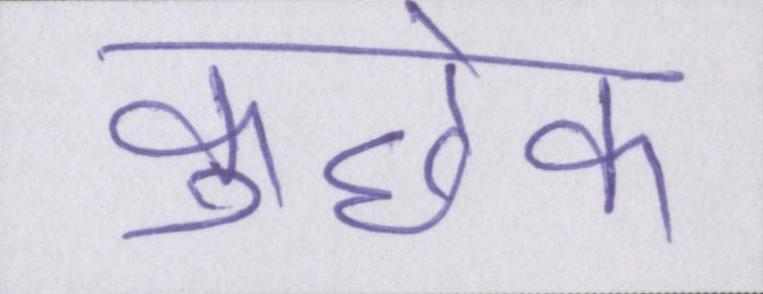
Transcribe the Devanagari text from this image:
कुछेक